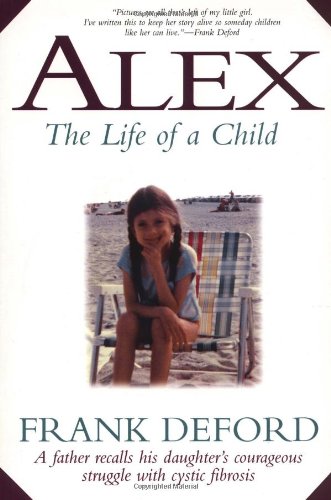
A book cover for Alex: The Life of a Child; Frank Deford; Health, Fitness & Dieting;